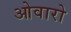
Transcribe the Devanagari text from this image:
ओवारो